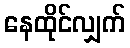
နေထိုင်လျှက်